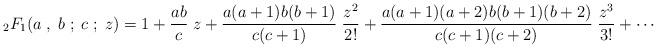
\begin{align*}{}_2F_1(a\; ,\; b\; ;\; c\; ;\; z) = 1 +{ab\over c}\; z + {a(a+1)b(b+1)\over c(c+1)}\; {z^2\over 2!} + {a(a+1)(a+2)b(b+1)(b+2)\over c(c+1)(c+2)}\; {z^3\over 3!} + \cdots\end{align*}